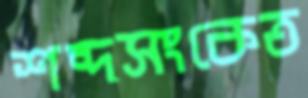
শব্দসংকেত